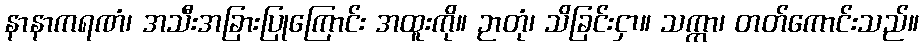
နာနာကရဏံ၊ အသီးအခြားပြုကြောင်း အထူးကို။ ဉာတုံ၊ သိခြင်းငှာ။ သက္ကာ၊ တတ်ကောင်းသည်။